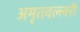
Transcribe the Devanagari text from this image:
अमृतवल्लरी